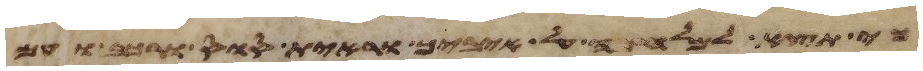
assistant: כי תצא למלחמה על איביך וראית סוס ורכב ועם